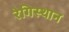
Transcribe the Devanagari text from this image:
रेगिस्थान